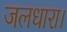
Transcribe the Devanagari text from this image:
जलधारा।